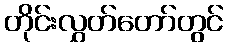
တိုင်းလွှတ်တော်တွင်